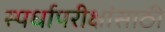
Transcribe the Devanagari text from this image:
स्पर्धापरीक्षांसाठी